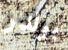
بولدر